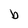
Character: b